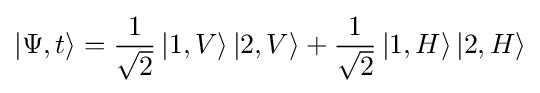
\left|\Psi ,t\right\rangle ={\frac {1}{\sqrt {2}}}\left|1,V\right\rangle \left|2,V\right\rangle +{\frac {1}{\sqrt {2}}}\left|1,H\right\rangle \left|2,H\right\rangle